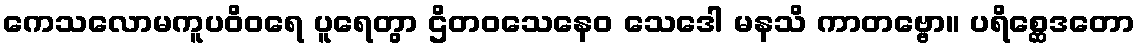
ကေသလောမကူပဝိဝရေ ပူရေတွာ ဌိတဝသေနေဝ သေဒေါ မနသိ ကာတဗ္ဗော။ ပရိစ္ဆေဒတော